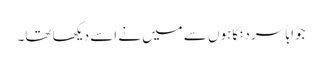
جواباً سرد نگاہوں سے میں نے اسے دیکھا تھا۔